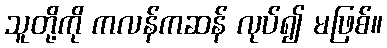
သူတို့ကို ကလန်ကဆန် လုပ်၍ မဖြစ်။